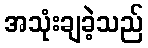
အသုံးချခဲ့သည်